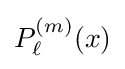
P_{\ell }^{(m)}(x)